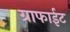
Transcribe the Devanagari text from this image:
ग्राफाईट